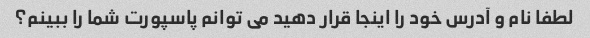
لطفا نام و آدرس خود را اینجا قرار دهید می توانم پاسپورت شما را ببینم؟